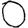
Digit: 0